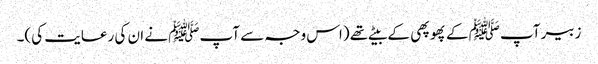
زبیر آپﷺ کے پھوپھی کے بیٹے تھے (اس وجہ سے آپﷺ نے ان کی رعایت کی)۔